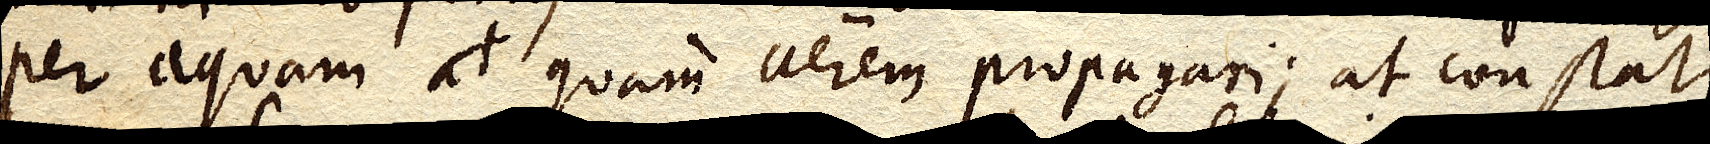
per aquam at quam aerem propagari; at constat